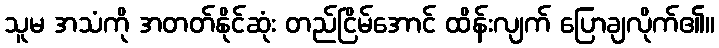
သူမ အသံကို အတတ်နိုင်ဆုံး တည်ငြိမ်အောင် ထိန်းလျက် ပြောချလိုက်၏။